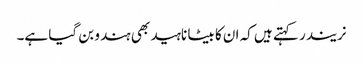
نریندر کہتے ہیں کہ ان کا بیٹا ناہید بھی ہندو بن گیا ہے۔